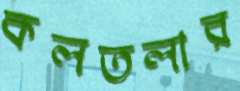
কলতলার